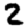
Digit: 2